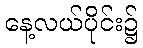
နေ့လယ်ပိုင်း၌